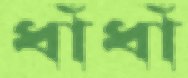
ধাঁধাঁ